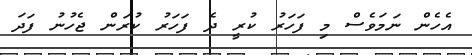
އެހެން ނަމަވެސް މި ފަހަރު ކުރީ ދެ ފަހަރު ކުރަން ޖެހުނު ފަދަ